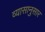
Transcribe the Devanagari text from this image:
व्यासानुसार